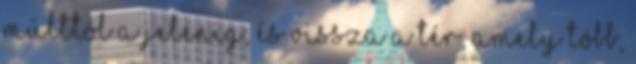
múlttól a jelenig, és vissza A tér, amely több,